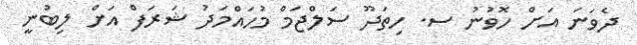
ދެވަނަ އަށް ހޮވުނު ސ. ހިތަދޫ ސަލްޖަމް މުހައްމަދު ޝަރަފް އަށް ލިބުނީ